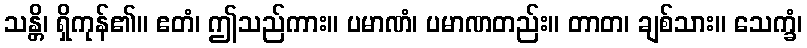
သန္တိ၊ ရှိကုန်၏။ ဧတံ၊ ဤသည်ကား။ ပမာဏံ၊ ပမာဏတည်း။ တာတ၊ ချစ်သား။ သေက္ခံ၊